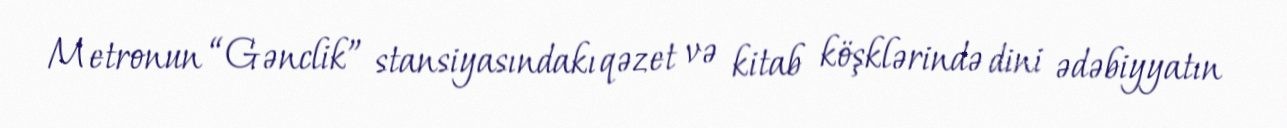
Metronun “Gənclik” stansiyasındakı qəzet və kitab köşklərində dini ədəbiyyatın